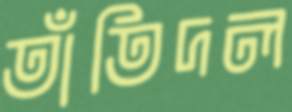
তাঁতিদল